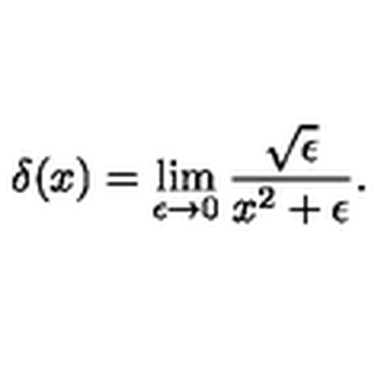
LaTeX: \delta ( x ) = \lim _ { \epsilon \rightarrow 0 } { \frac { \sqrt { \epsilon } } { x ^ { 2 } + \epsilon } } .